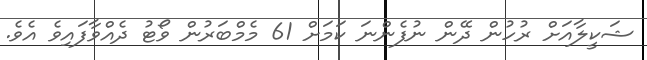
ޝަކީލާއަށް ރުހުން ދޭން ނުފެންނަ ކަމަށް 61 މެމްބަރުން ވޯޓު ދެއްވާފައިވެ އެވެ.